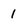
Character: 1